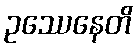
ဥဿေနေတိ